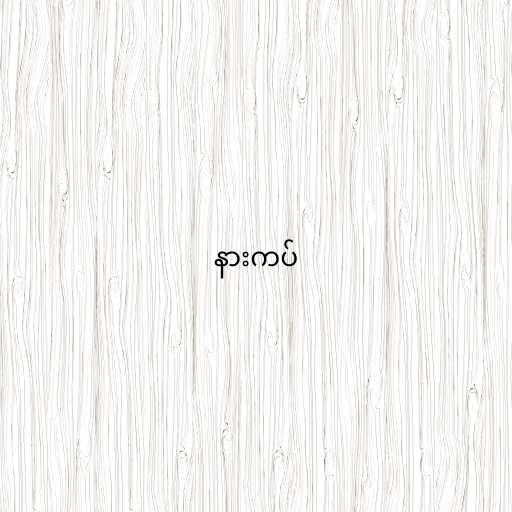
နားကပ်